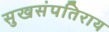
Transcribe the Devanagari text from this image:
सुखसंपतिराय